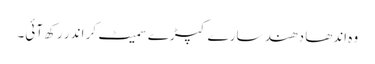
وہ اندھا دھند سارے کپڑے سمیٹ کر اندر رکھ آئی۔